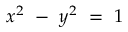
x ^ { 2 } \ - \ y ^ { 2 } \ = \ 1